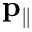
\mathbf { p _ { \parallel } }